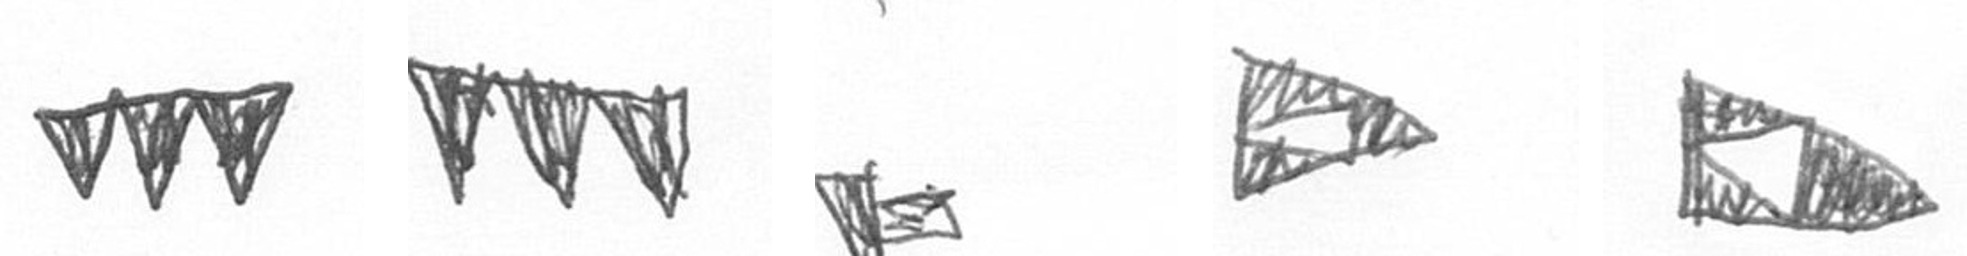
L L F K K